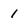
Character: 1